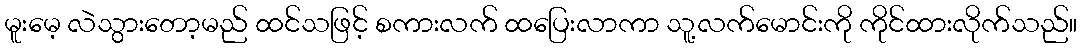
မူးမေ့ လဲသွားတော့မည် ထင်သဖြင့် စကားလက် ထပြေးလာကာ သူ့လက်မောင်းကို ကိုင်ထားလိုက်သည်။